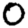
Digit: 0